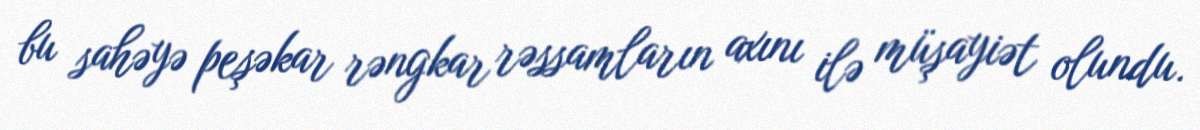
bu sahəyə peşəkar rəngkar rəssamların axını ilə müşayiət olundu.